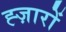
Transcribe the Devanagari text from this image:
ह्ज़ारों